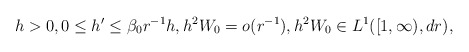
\begin{align*}h>0, 0\leq h' \leq \beta_0 r^{-1} h, h^2 W_0 = o(r^{-1}), h^2 W_0 \in L^1([1,\infty),dr),\end{align*}